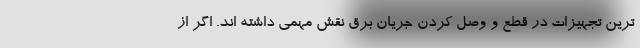
ترین تجهیزات در قطع و وصل کردن جریان برق نقش مهمی داشته اند. اگر از